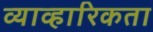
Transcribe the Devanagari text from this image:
व्याव्हारिकता